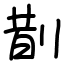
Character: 剒